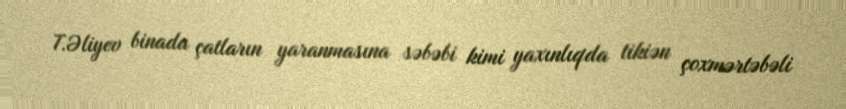
T.Əliyev binada çatların yaranmasına səbəbi kimi yaxınlıqda tikiən çoxmərtəbəli